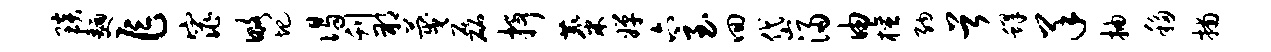
琰面乍窕略圯谒刊朔蔑磊抒麋婵六至回岱浸由檀纳首蜂羊抽移捕